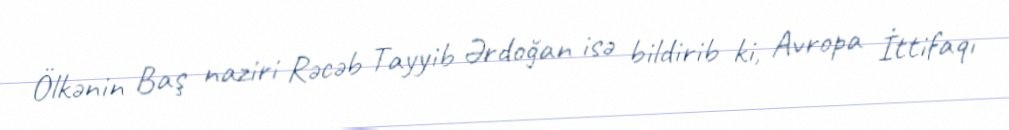
Ölkənin Baş naziri Rəcəb Tayyib Ərdoğan isə bildirib ki, Avropa İttifaqı